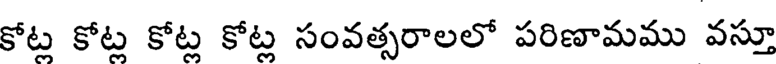
కోట్ల కోట్ల కోట్ల కోట్ల సంవత్సరాలలో పరిణామము వస్తూ